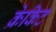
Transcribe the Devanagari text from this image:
क्रेकिट